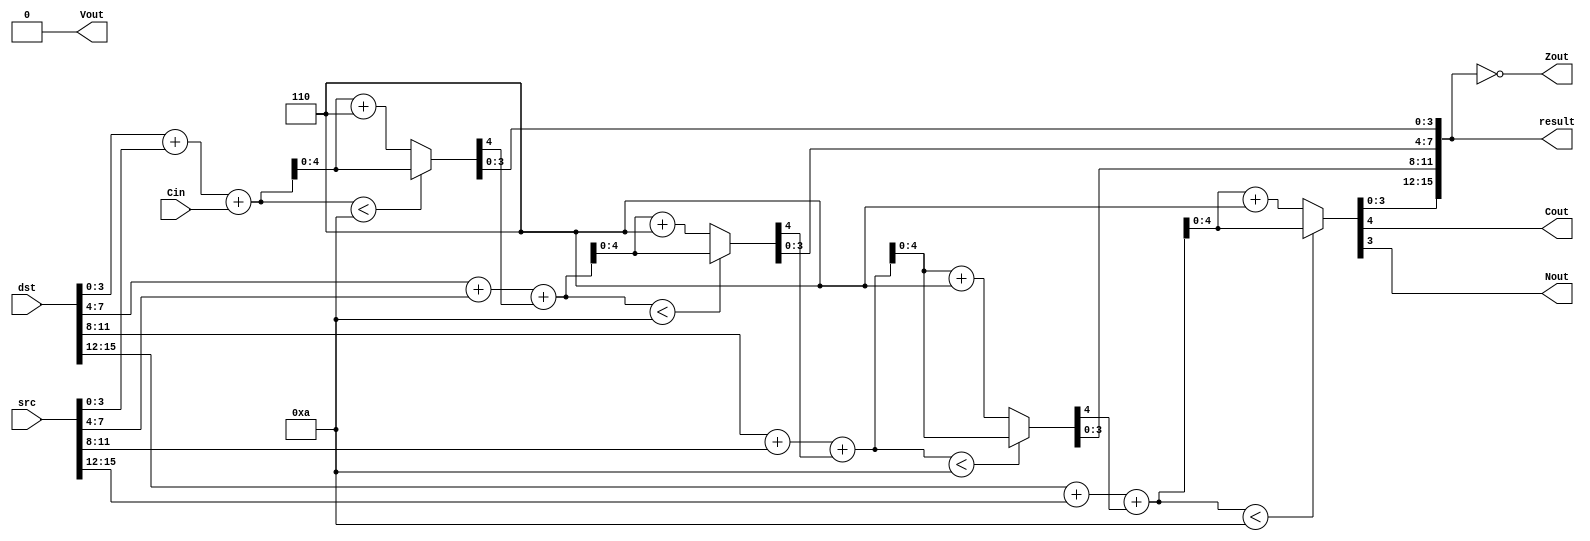
module Dadd(
    input [15:0] src, dst,
    input Cin,
    output reg [15:0] result,
    output reg Cout, Vout, Nout, Zout
);

    reg Cinternal = 0;

    initial begin {result, Cout, Vout, Nout, Zout} = 0; end

        always @(*) begin
            Cout = Cin;

            // The following code block computes the following microperations
                // tempSum <- src + dst + Cin
                // if tempSum >= 10: tempSum <- tempSum + 6
                // sum = tempSum[3:0]
                // Cout = tempSum[4]

                // Repeat this for the 4 nibbles of a 16-bit word result

            {Cout, result[3:0]}   = (dst[3:0]   + src[3:0]   + Cout < 10) ? dst[3:0]   + src[3:0]   + Cout
                                                                          : dst[3:0]   + src[3:0]   + Cout + 6;
            {Cout, result[7:4]}   = (dst[7:4]   + src[7:4]   + Cout < 10) ? dst[7:4]   + src[7:4]   + Cout
                                                                          : dst[7:4]   + src[7:4]   + Cout + 6;
            {Cout, result[11:8]}  = (dst[11:8]  + src[11:8]  + Cout < 10) ? dst[11:8]  + src[11:8]  + Cout
                                                                          : dst[11:8]  + src[11:8]  + Cout + 6;
            {Cout, result[15:12]} = (dst[15:12] + src[15:12] + Cout < 10) ? dst[15:12] + src[15:12] + Cout
                                                                          : dst[15:12] + src[15:12] + Cout + 6;
            Nout = result[15];
            Zout = (result == 0);
            Vout = 0; // Undefined by MSP430 Family Guide
        end
endmodule

`timescale 100ns/10ns // MSP430FR6989 default MCLK = 1 MHz. T = 1 us. Divide wait time into 1/10th clock speed

module Dadd_tb;
    reg [15:0] src, dst;
    reg Cin;
    wire [15:0] result;
    wire Cout, Vout, Nout, Zout;

    Dadd uut(src, dst, Cin, result, Cout, Vout, Nout, Zout);
    
    initial begin
        // If simulating with Xilinx Vivado or other HDL IDE, comment out the following 2 lines
        $dumpfile("Dadd.vcd");
        $dumpvars(0, Dadd_tb);

        // Test 1: 0 + 0 + 0
        Cin = 0; {src, dst} = 32'h0; #10; // split Cin, src/dst for hex width cleanliness

        // Test 2: 0 + 1234 + 5678
        Cin = 0; {src, dst} = 32'h1234_5678; #10;

        // Test 3: 0 + 7999 + 0001 <-> MAXPOS + 1 = MAXNEG
        Cin = 0; {src, dst} = 32'h7999_0001; #10;

        // Test 4: 1 + 9999 + 0000 <-> MAX_UNSIGNED + 1 = Carry Overflow + Zero(0000h)
        Cin = 1; {src, dst} = 32'h9999_0000; #10;

        // Test 5: 0 + 5000 + 0321 <-> Test Cin with no Cout
        Cin = 1; {src, dst} = 32'h5000_0321; #10;

        $finish;
    end

endmodule